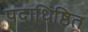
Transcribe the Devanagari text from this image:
पदाधिष्ठित